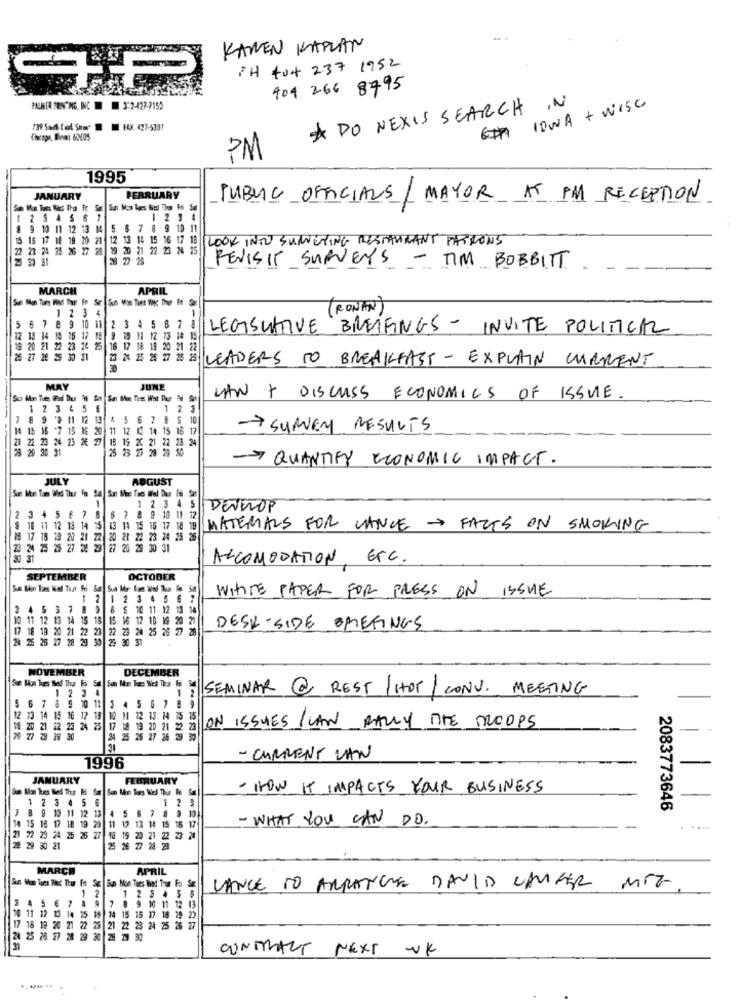
KAMEN KAPLAN
PH +04 237 1952
SHR
909 266 8795
PALM[R SEN7MG. IKC 3:2-427-7150
* DO NEXIS SEARCH IN
6Th IOWA + WISC
Ciwroga, Binen 60405
PM
1995
JANUARY
BERRUARY
PUBLIC OFFICIALS / MAYOR AT PM RECEPTION
4
1 23 4
--
11 12
13 M
5 6 7 8 9 101
15
16
17 18 19 20 21
12 13 14 15 16 17 18
LOOK INTO SURVEYING RESTAURANT PATRONS
23 24 25 26 27 28
0 21 22 23 26 25
28 22 25
REVISIT SURVEYS - TIM BOBBITT
MARCH
APRIL
123 4
( RONAN )
5 6 7 8 9 10 11 2 3
5 6 7 8
LEGISLATIVE BREIFINGS - INVITE POLITICAL
26 17 18
9 19 1 12 73 141
0 21 22 23 2
$ 17
8 19 20 21 2
30 31
27 28 25
S LEADERS TO BREAKFAST- EXPLAIN CURRENT
MAY
JUNE
LAW + DISCUSS ECONOMICS OF ISSUE
1
23 4 5 E
1
2 3
9
5
6
7 @ S 10
15 16 *7 15 1E 20
11
12 12 14 15 16 17
SURVEY RESULTS
21
23 N4 2
23 2€ 27
19 20 21 22 23
20
QUANTIFY ECONOMIC IMPACT.
JULY
AUGUST
1 2 3 4 5
DENTROP
3 4 5 6 7 8 6 7 8 9 10 11 12
3 45 67 8
9 10 11
19 15 16 171
8 19
MATERIALS FOR LANCE FACES ON SMOKING
15 17 18 18 20 21 22 20 21 22 23 24 25 26
3 20 21 22
0 21 22 23 24 25
24 25 28 2
29 27 20 23 30 31
ACCOMODATION, ETC.
SEPTEMBER
OCTOBER
WITTE PAPER FOR PRESS ON ISSUE
1 2 1 2 3 4 5 6
3 4 5 3 7 8 9 8 £ 10 11 12 13 14
11 12 13 14 15 18 15 16 17 18 19 20
2 23 22 23 24 25 26 27
DESK-SIDE BRIEFINGS
24 25 26 17
24 25 26 17 28 29 50 29 30 31
E
NOVEMBER
DECEMBER
1
SEMINAR @ REST / HOT/ CONV. MEETING
12 3 4
5 6 7 8 9 10 11 3 4 5 6 7 8 9
12 13 14 15 16 17 18
12 11 12 13 14 15 15
19 20 21 22 23 24 25 17 18 13 20 21 22 23
ON ISSUES / CAN RALLY THE TROOPS
76 27 28 29 30
24 25 262
7 26 29 50
- CURRENT VAN
1996
JANUARY
FEBRUARY
Sum Mon Tos Wed Thur Ff Sat Son Mon Tues Wes Thur Foi Sal
- HOW IT IMPACTS YOUR BUSINESS
2
4 5 6
1
2 3
10 11
12 13
2083773646
14 15
1 18
19 29
- WHAT YOU CAN DO.
1 12 13 14 15 16 1
-
21 22 23 24 25
19 20 21 22 23 20
29
0 21
5 26 27 28 29
MARCH
APRIL
LANCE TO ARRANGE DAVID CONFER MEZ
3
4
2
7 8 9 10 11 12 13
1 2 3 45 6
10 11 12 19 14 15 16 14 15 15 17 18 19 22
4 15 16 17 18 19 2
23 21 22 23 24 25 26
25 26 27 28 29 30 29 23 90
CONTRACT NEXT UK